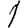
Digit: 1